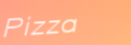
Pizza